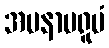
အမနာပရူပံ